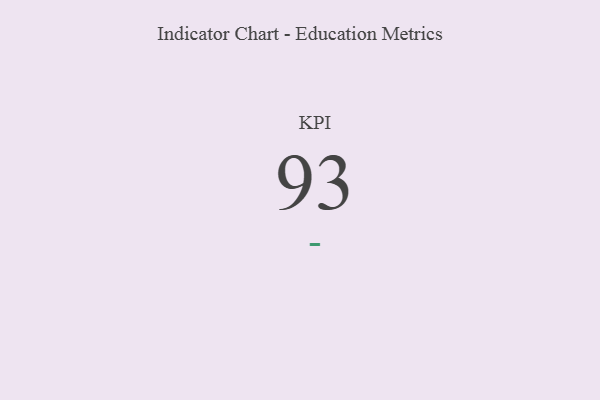
{"axis": {"x": "KPI", "y": "Value"}, "legend": [""], "data": [{"x": "KPI", "y": 93, "type": ""}]}